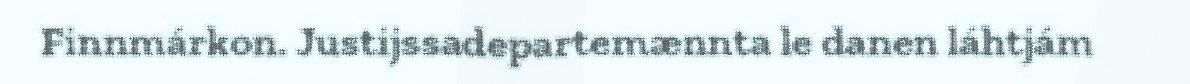
Finnmárkon. Justijssadepartemænnta le danen láhtjám